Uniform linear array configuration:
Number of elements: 16
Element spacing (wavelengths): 1
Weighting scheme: binomial
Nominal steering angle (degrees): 60
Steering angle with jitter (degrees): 59.666
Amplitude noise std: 0.05
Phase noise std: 0.05

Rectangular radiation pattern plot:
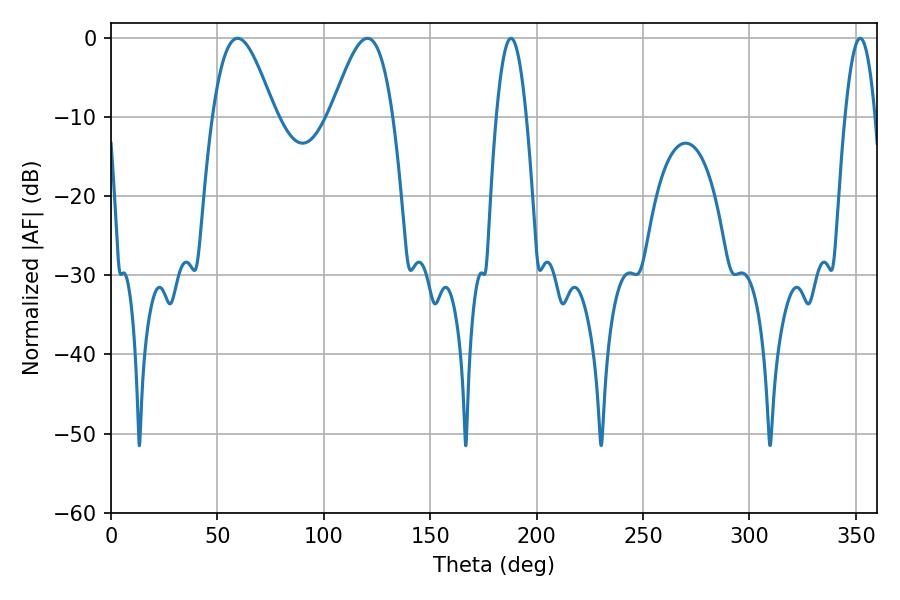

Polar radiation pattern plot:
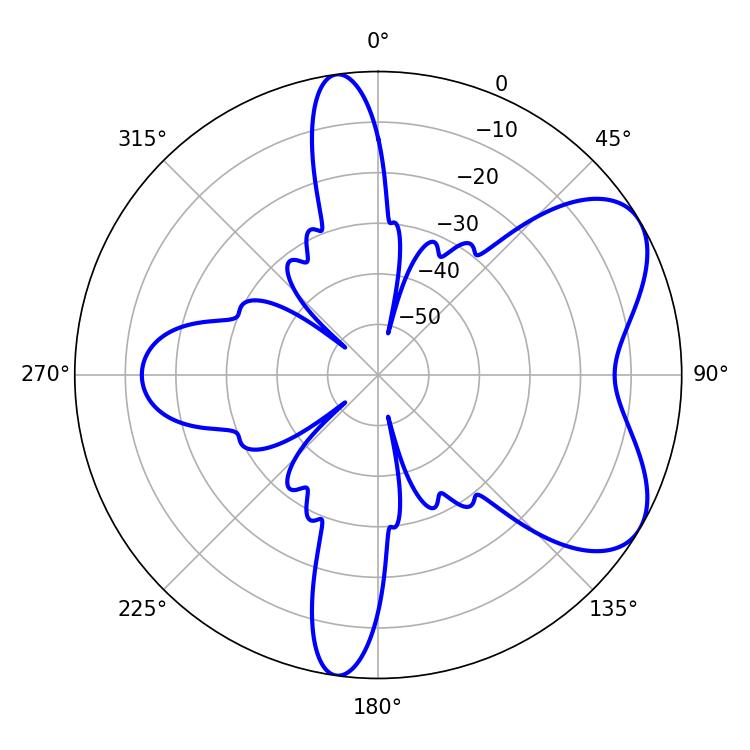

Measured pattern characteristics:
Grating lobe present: TRUE
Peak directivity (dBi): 6.173
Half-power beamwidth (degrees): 7.74
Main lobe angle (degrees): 187.92